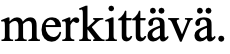
merkittävä.